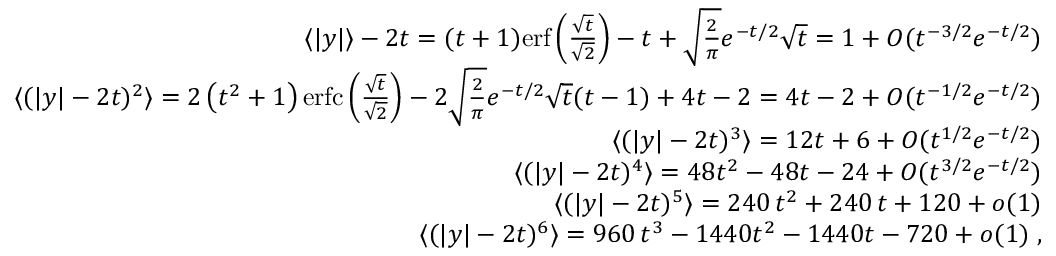
\begin{array} { r l r } & { } & { \langle | y | \rangle - 2 t = ( t + 1 ) \mathrm { e r f } \left( \frac { \sqrt { t } } { \sqrt { 2 } } \right) - t + \sqrt { \frac { 2 } { \pi } } e ^ { - t / 2 } \sqrt { t } = 1 + O ( t ^ { - 3 / 2 } e ^ { - t / 2 } ) } \\ & { } & { \langle ( | y | - 2 t ) ^ { 2 } \rangle = 2 \left( t ^ { 2 } + 1 \right) \mathrm { e r f c } \left( \frac { \sqrt { t } } { \sqrt { 2 } } \right) - 2 \sqrt { \frac { 2 } { \pi } } e ^ { - t / 2 } \sqrt { t } ( t - 1 ) + 4 t - 2 = 4 t - 2 + O ( t ^ { - 1 / 2 } e ^ { - t / 2 } ) } \\ & { } & { \langle ( | y | - 2 t ) ^ { 3 } \rangle = 1 2 t + 6 + O ( t ^ { 1 / 2 } e ^ { - t / 2 } ) } \\ & { } & { \langle ( | y | - 2 t ) ^ { 4 } \rangle = 4 8 t ^ { 2 } - 4 8 t - 2 4 + O ( t ^ { 3 / 2 } e ^ { - t / 2 } ) } \\ & { } & { \langle ( | y | - 2 t ) ^ { 5 } \rangle = 2 4 0 \, t ^ { 2 } + 2 4 0 \, t + 1 2 0 + o ( 1 ) } \\ & { } & { \langle ( | y | - 2 t ) ^ { 6 } \rangle = 9 6 0 \, t ^ { 3 } - 1 4 4 0 t ^ { 2 } - 1 4 4 0 t - 7 2 0 + o ( 1 ) \; , } \end{array}